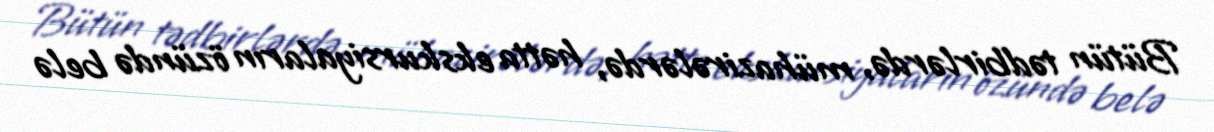
Bütün tədbirlərdə, mühazirələrdə, hətta ekskursiyaların özündə belə